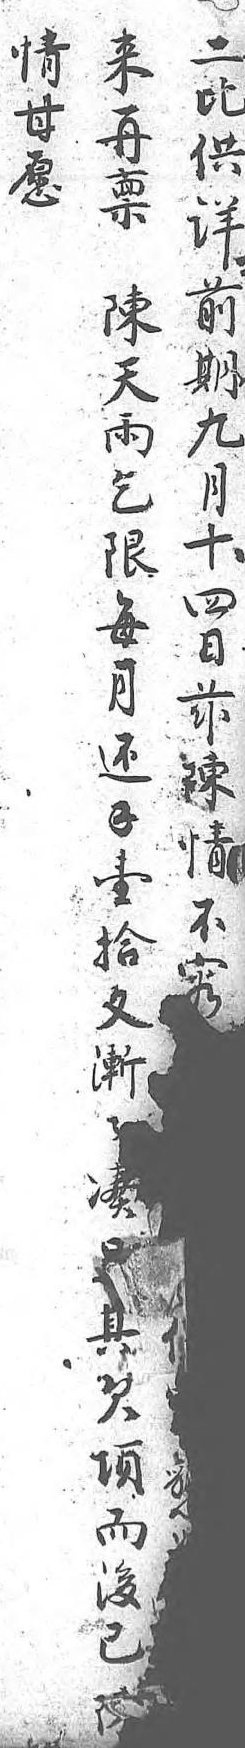
二來情比再甘供禀願,陳 詳天 前雨 期乞 九限 月每 十月 四還 目錢 兹壹 陳拾 情文 不, 容漸  漸  湊  足  其  欠  項  而  後  已  陳